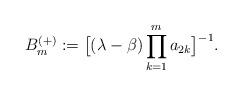
LaTeX: \begin{align*} B^{(+)}_m&:=\big[(\lambda-\beta)\prod_{k=1}^{m}a_{2k}\big]^{-1}. \end{align*}